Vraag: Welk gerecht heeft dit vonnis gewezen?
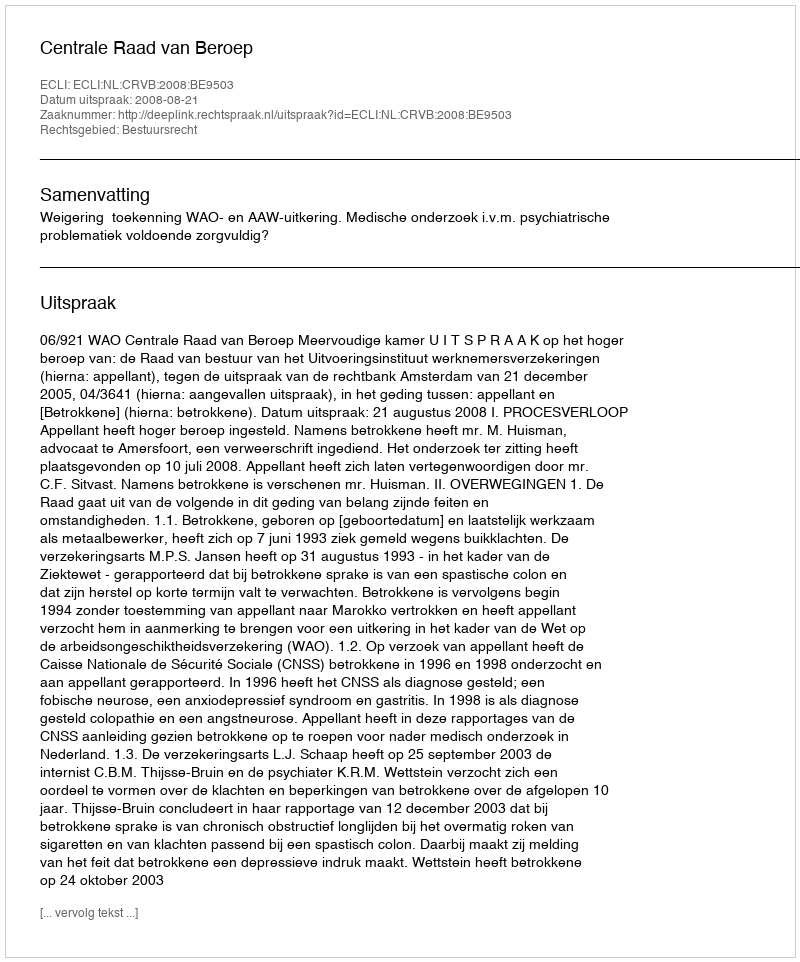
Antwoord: Centrale Raad van Beroep